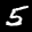
Label: 5